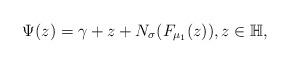
LaTeX: \begin{align*}\Psi(z)=\gamma+z+N_{\sigma}(F_{\mu_{1}}(z)),z\in\mathbb{H},\end{align*}